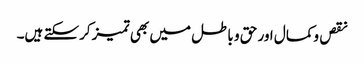
نقص وکمال اور حق و باطل میں بھی تمیز کرسکتے ہیں۔